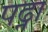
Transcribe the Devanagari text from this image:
पढ्ना